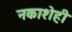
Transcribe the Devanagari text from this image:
नकाशेही